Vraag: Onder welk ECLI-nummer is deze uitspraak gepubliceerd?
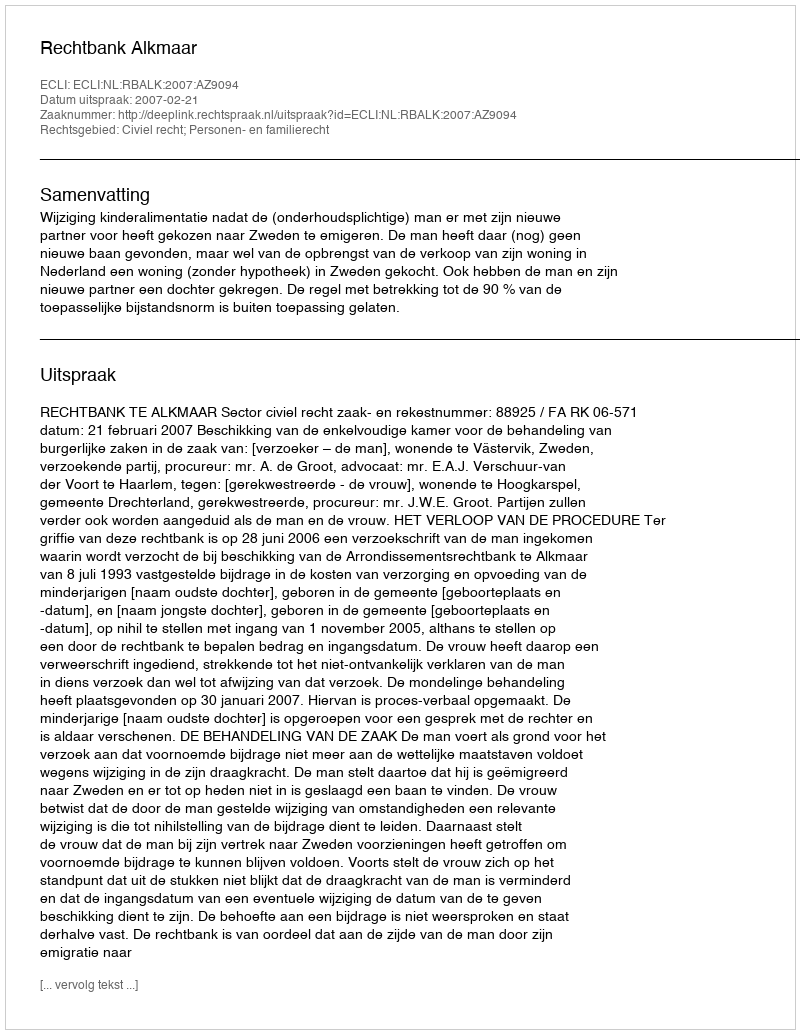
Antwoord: ECLI:NL:RBALK:2007:AZ9094